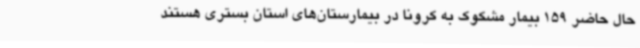
حال حاضر 159 بیمار مشکوک به کرونا در بیمارستان‌های استان بستری هستند